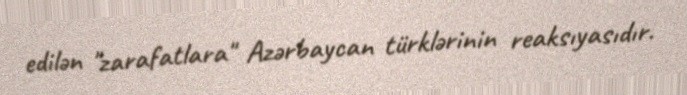
edilən "zarafatlara" Azərbaycan türklərinin reaksıyasıdır.